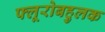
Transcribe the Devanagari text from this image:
फ्लूरोबहुलक